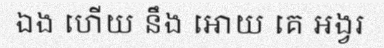
ឯង ហើយ នឹង អោយ គេ អង្វរ